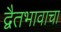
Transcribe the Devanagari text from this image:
द्वैतभावाचा